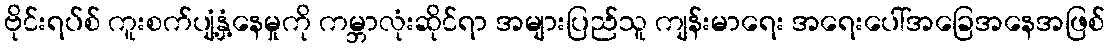
ဗိုင်းရပ်စ် ကူးစက်ပျံ့နှံ့နေမှုကို ကမ္ဘာလုံးဆိုင်ရာ အများပြည်သူ ကျန်းမာရေး အရေးပေါ်အခြေအနေအဖြစ်